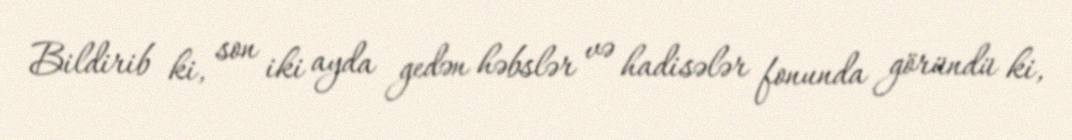
Bildirib ki, son iki ayda gedən həbslər və hadisələr fonunda göründü ki,